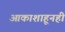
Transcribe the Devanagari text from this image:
आकाशाहूनही